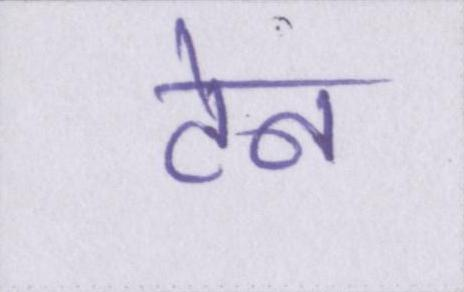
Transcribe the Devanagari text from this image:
टेन